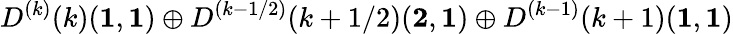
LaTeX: D^{(k)}(k)({\mathbf 1},{\mathbf 1})\oplus D^{(k-1/2)}(k+1/2)({\mathbf 2},{\mathbf 1})\oplus D^{(k-1)}(k+1)({\mathbf 1},{\mathbf 1})